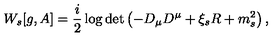
W _ { s } [ g , A ] = \frac i 2 \log \det \left( - D _ { \mu } D ^ { \mu } + \xi _ { s } R + m _ { s } ^ { 2 } \right) ,